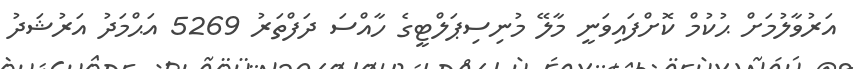
އަރުވާލުމަށް ޙުކުމް ކޮށްފައިވަނީ މާލޭ މުނިސިޕަލްޓީގެ ހާއްސަ ދަފްތަރު 5269 އަޙްމަދު އަރުޝަދު